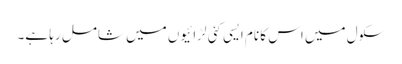
سکول میں اس کا نام ایسی کئی لڑائیوں میں شامل رہا ہے۔